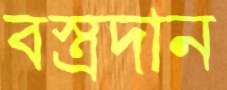
বস্ত্রদান